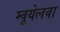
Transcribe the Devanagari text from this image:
म्वूयेलवा